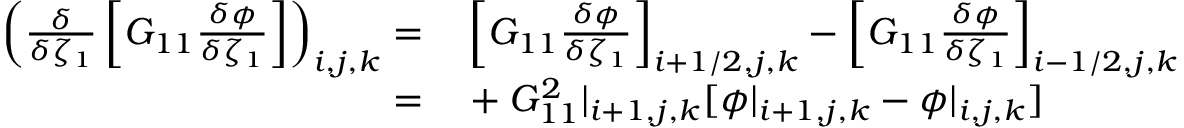
\begin{array} { r l } { \left( \frac { \delta } { \delta \zeta _ { 1 } } \left[ G _ { 1 1 } \frac { \delta \phi } { \delta \zeta _ { 1 } } \right] \right) _ { i , j , k } = } & { { } \left[ G _ { 1 1 } \frac { \delta \phi } { \delta \zeta _ { 1 } } \right] _ { i + 1 / 2 , j , k } - \left[ G _ { 1 1 } \frac { \delta \phi } { \delta \zeta _ { 1 } } \right] _ { i - 1 / 2 , j , k } } \\ { = } & { { } + G _ { 1 1 } ^ { 2 } | _ { i + 1 , j , k } [ \phi | _ { i + 1 , j , k } - \phi | _ { i , j , k } ] } \end{array}